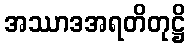
အဿာဒအရတိတုဋ္ဌိ